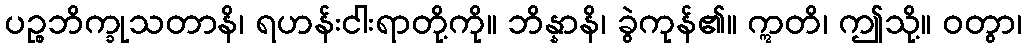
ပဉ္စဘိက္ခုသတာနိ၊ ရဟန်းငါးရာတို့ကို။ ဘိန္နာနိ၊ ခွဲကုန်၏။ ဣတိ၊ ဤသို့။ ဝတွာ၊